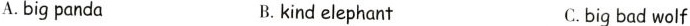
A. bigpanda B. kind elephant C. big bad wolf